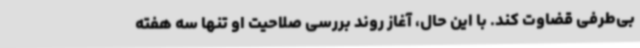
بی‌طرفی قضاوت کند. با این حال، آغاز روند بررسی صلاحیت او تنها سه هفته